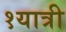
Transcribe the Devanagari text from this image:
१यात्री